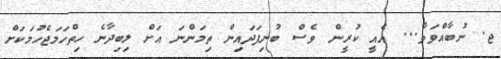
ޖ. ނުބާއްވަވާ... އެއީ ކުރީން ވެސް ބުނިފަދައިން ތިމަންނަ އަށް ލިބިދާނެ ހިތްހަމަޖެހުމަކަށް